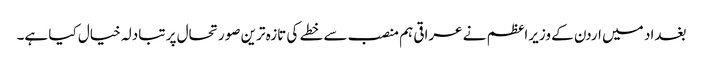
بغداد میں اردن کے وزیراعظم نے عراقی ہم منصب سے خطے کی تازہ ترین صورتحال پر تبادلہ خیال کیا ہے۔